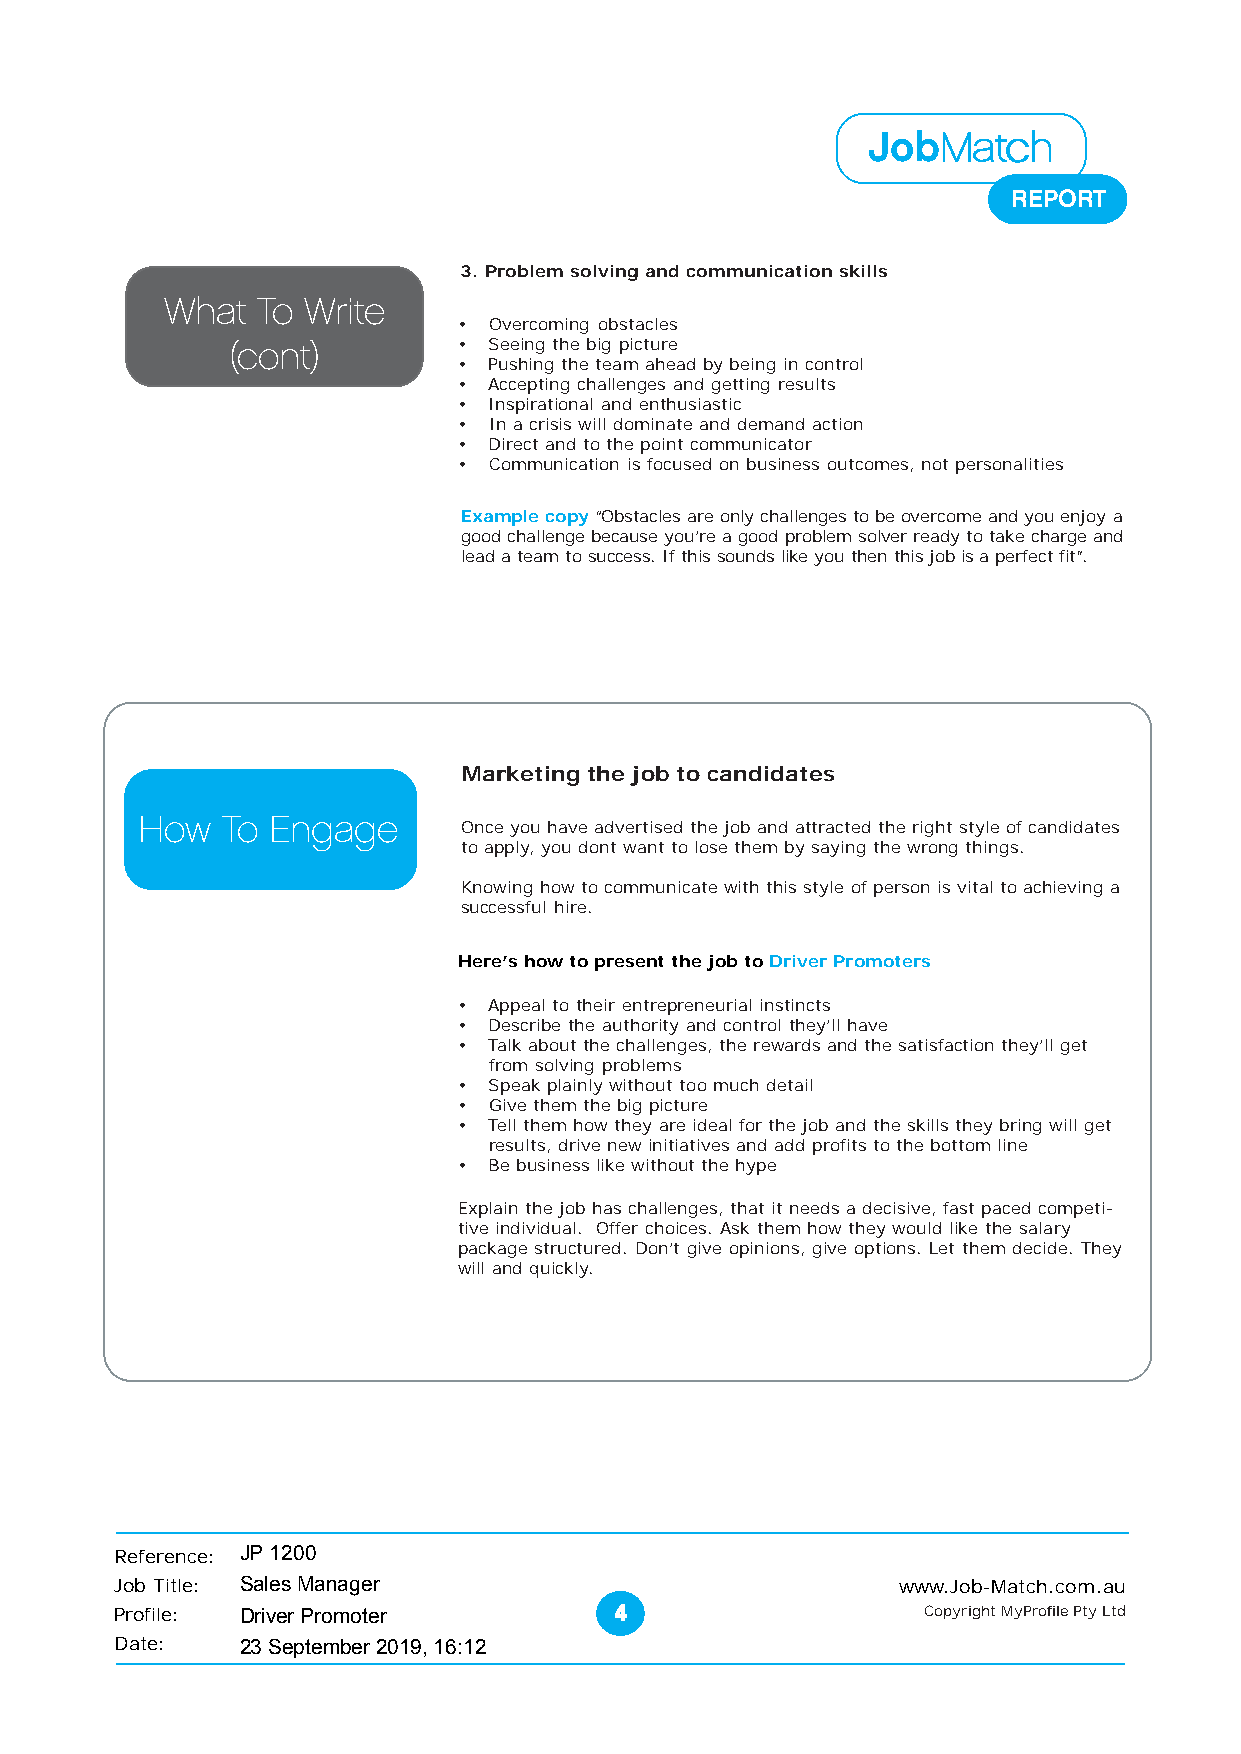
JobMMMMMaaaaatttttccccchhhhh
 REPORT
 3. Problem solving and communication skills
 What  To Write
 • Overcoming obstacles
 (cont)         • Seeing the big picture
 • Pushing the team ahead by being in control
 • Accepting challenges and getting results
 • Inspirational and enthusiastic
 • In a crisis will dominate and demand action
 • Direct and to the point communicator
 • Communication is focused on business outcomes, not personalities
 Example copy “Obstacles are only challenges to be overcome and you enjoy a
 good challenge because you’re a good problem solver ready to take charge and
 lead a team to success. If this sounds like you then this job is a perfect fit”.
 Marketing the job to candidates
 Marketing  the job to candidates
 How   To Engage       Once you have advertised the job and attracted the right style of candidates
 to apply, you dont want to lose them by saying the wrong things.
 Knowing how to communicate with this style of person is vital to achieving a
 successful hire.
 Here’s how to present the job to Driver Promoters
 • Appeal to their entrepreneurial instincts
 • Describe the authority and control they’ll have
 • Talk about the challenges, the rewards and the satisfaction they’ll get
 from solving problems
 • Speak plainly without too much detail
 • Give them the big picture
 • Tell them how they are ideal for the job and the skills they bring will get
 results, drive new initiatives and add profits to the bottom line
 • Be business like without the hype
 Explain the job has challenges, that it needs a decisive, fast paced competi-
 tive individual. Offer choices. Ask them how they would like the salary
 package structured. Don’t give opinions, give options. Let them decide. They
 will and quickly.
 Reference: JP 1200
 Job Title: Sales Manager                           www.Job-Match.com.au
 Profile: Driver Promoter         44444               Copyright MyProfile Pty Ltd
 Date:   23 September 2019, 16:12